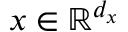
x \in \mathbb { R } ^ { d _ { x } }